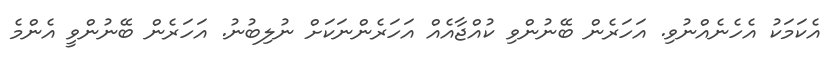
އެކަމަކު އެހެނެއްނުވި. އަހަރެން ބޭނުންވި ކުއްޖާއެއް އަހަރެންނަކަށް ނުލިބުނު. އަހަރެން ބޭނުންވީ އެންމެ